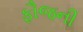
ફૌજની